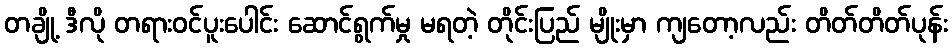
တချို့ ဒီလို တရားဝင်ပူးပေါင်း ဆောင်ရွက်မှု မရတဲ့ တိုင်းပြည် မျိုးမှာ ကျတော့လည်း တိတ်တိတ်ပုန်း